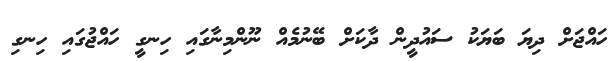
ހައްޖަށް ދިޔަ ބަޔަކު ސައުދީން ދާކަށް ބޭނުމެއް ނޫންމިނާގައި ހިނގީ ހައްޖުގައި ހިނގި